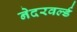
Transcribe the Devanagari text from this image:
नेदरवर्ल्ड